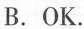
B.OK.